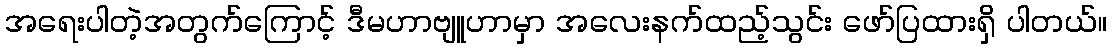
အရေးပါတဲ့အတွက်ကြောင့် ဒီမဟာဗျူဟာမှာ အလေးနက်ထည့်သွင်း ဖော်ပြထားရှိ ပါတယ်။